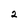
Character: 2